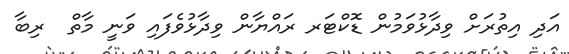
އަދި އިތުރަށް ވިދާޅުވަމުން ޑޮކްޓަރ ރައްޔާން ވިދާޅުވެފައި ވަނީ މާތް  ރިބާ